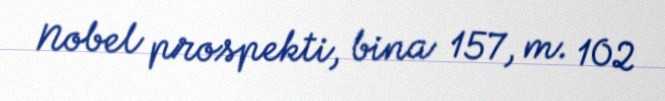
Nobel prospekti, bina 157, m. 102